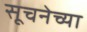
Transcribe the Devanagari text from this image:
सूचनेच्या